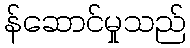
န်ဆောင်မှုသည်